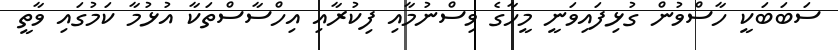
ސަބަބަކީ ހާސްވުން ގުޅިފައިވަނީ މީހާގެ ވިސްނުމާއި ފިކުރާއި އިހްސާސްތަކާ އުޅުމާ ކަމުގައި ވާތީ